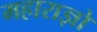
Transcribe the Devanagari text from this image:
महाराज्ञो